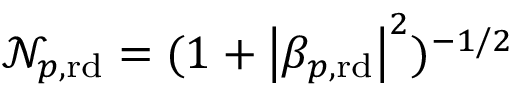
\mathcal { N } _ { p , \mathrm { r d } } = ( 1 + \left| \beta _ { p , \mathrm { r d } } \right| ^ { 2 } ) ^ { - 1 / 2 }